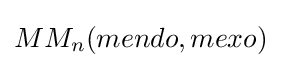
MM_{n}(mendo,mexo)